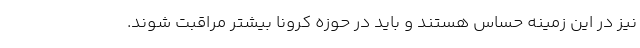
نیز در این زمینه حساس هستند و باید در حوزه کرونا بیشتر مراقبت شوند.